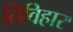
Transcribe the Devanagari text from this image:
तिविहार